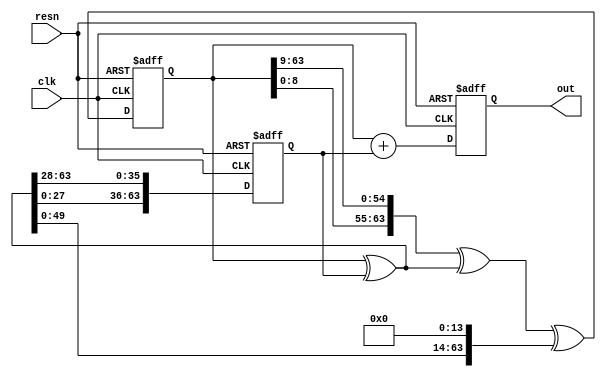
module xoroshiro128plus (input resn, input clk, output [63:0] out);
   reg  [63:0] s0, s1, ss;
   wire [63:0] sx = s0 ^ s1;

   always @(posedge clk or negedge resn) begin
      if (!resn) begin
         s0 <= 64'b1;    // seed s0
         s1 <= 64'b0;
         ss <= 64'b0;
      end else begin
         s0 <= {s0[08:00], s0[63:09]} ^ sx ^ {sx[49:00], 14'b0};
         s1 <= {sx[27:00], sx[63:28]};
         ss <= s0 + s1;
      end
   end
   assign out = ss[63:0];
endmodule